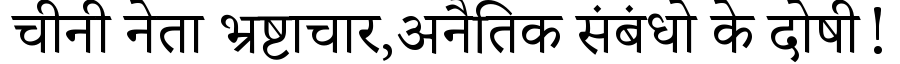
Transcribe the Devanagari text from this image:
चीनी नेता भ्रष्टाचार,अनैतिक संबंधो के दोषी!